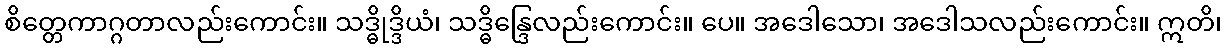
စိတ္တေကာဂ္ဂတာလည်းကောင်း။ သဒ္ဓိုဒ္ဒိယံ၊ သဒ္ဓိန္ဒြေလည်းကောင်း။ ပေ။ အဒေါသော၊ အဒေါသလည်းကောင်း။ ဣတိ၊